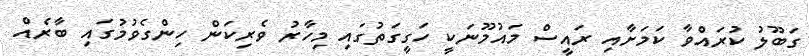
ގަބޫލު ކުރައްވާ ކަމަށާއި ރައީސް މައުމޫނަކީ ހަގީގަތުގައި މިހާރު ވެރިކަން ހިންގެވުމުގައި ބާރެއް